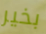
بخير